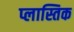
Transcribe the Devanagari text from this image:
प्लास्तिक